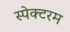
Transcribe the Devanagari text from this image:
स्पेक्टरम